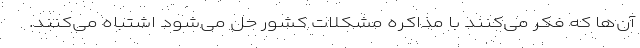
آن‌ها که فکر می‌کنند با مذاکره مشکلات کشور حل می‌شود اشتباه می‌کنند.